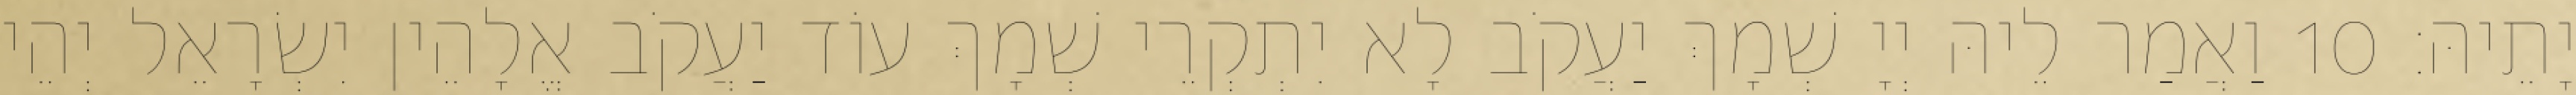
יָתֵיהּ׃ 10 וַאֲמַר לֵיהּ יְיָ שְׁמָךְ יַעֲקֹב לָא יִתְקְרֵי שְׁמָךְ עוֹד יַעֲקֹב אֱלָהֵין יִשְׂרָאֵל יְהֵי